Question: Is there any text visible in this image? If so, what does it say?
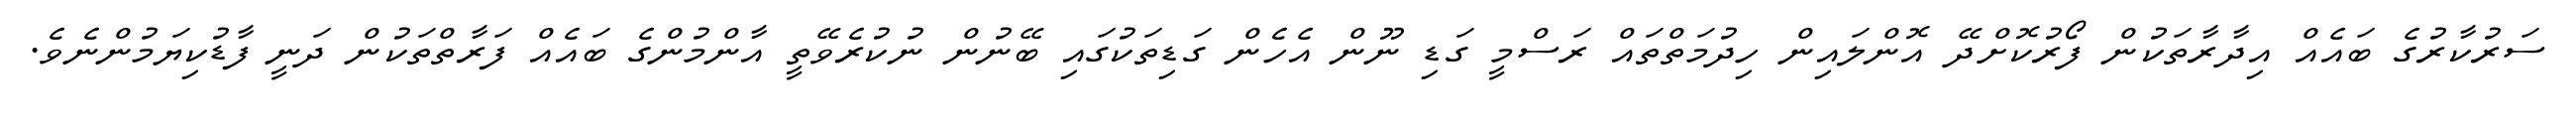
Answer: ސަރުކާރުގެ ބައެއް އިދާރާތަކުން ފޯރުކޮށްދޭ އޮންލައިން ހިދުމަތްތައް ރަސްމީ ގަޑި ނޫން އެހެން ގަޑިތަކުގައި ބޭނުން ނުކުރެވޭތީ އާންމުންގެ ބައެއް ފަރާތްތަކުން ދަނީ ފާޑުކިޔަމުންނެވެ.